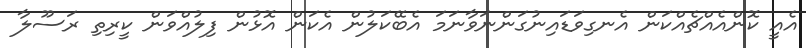
އެއީ ކޮންއެއްޗެއްކަން އެނގިވަޑައިނުގަންނަވާނަމަ އެބޭކަލުން އެކަން އޮޅުން ފިލުއްވަން ކީރިތި ރަސޫލާ